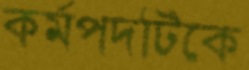
কর্মপদটিকে